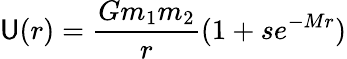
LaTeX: \mathsf{U}(r)=\frac{{Gm_{1}m_{2}}}{{r}}(1+se^{-Mr})